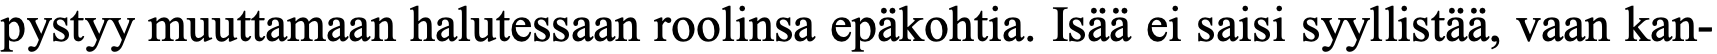
pystyy muuttamaan halutessaan roolinsa epäkohtia. Isää ei saisi syyllistää, vaan kan-